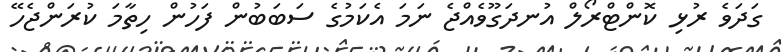
ގަދަވެ ރުޅި ކޮންޓްރޯލް އުނދަގޫވެއްޖެ ނަމަ އެކަމުގެ ސަބަބުން ފަހުން ހިތާމަ ކުރަންޖެހޭ